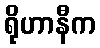
ရိုဟာနီက